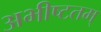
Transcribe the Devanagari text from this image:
अभीष्टतम्